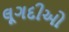
લૂગદીઓ